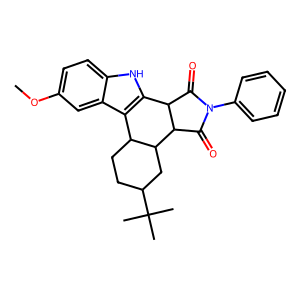
SMILES: COc1ccc2[nH]c3c(c2c1)C1CCC(C(C)(C)C)CC1C1C(=O)N(c2ccccc2)C(=O)C31
Inhibits HIV replication: No